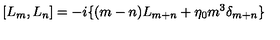
[ L _ { m } , L _ { n } ] = - i \{ ( m - n ) L _ { m + n } + \eta _ { 0 } m ^ { 3 } \delta _ { m + n } \}